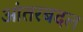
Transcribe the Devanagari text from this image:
आंतरबदल